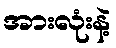
အားလုံးနဲ့